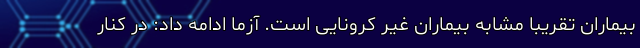
بیماران تقریبا مشابه بیماران غیر کرونایی است. آزما ادامه داد: در کنار